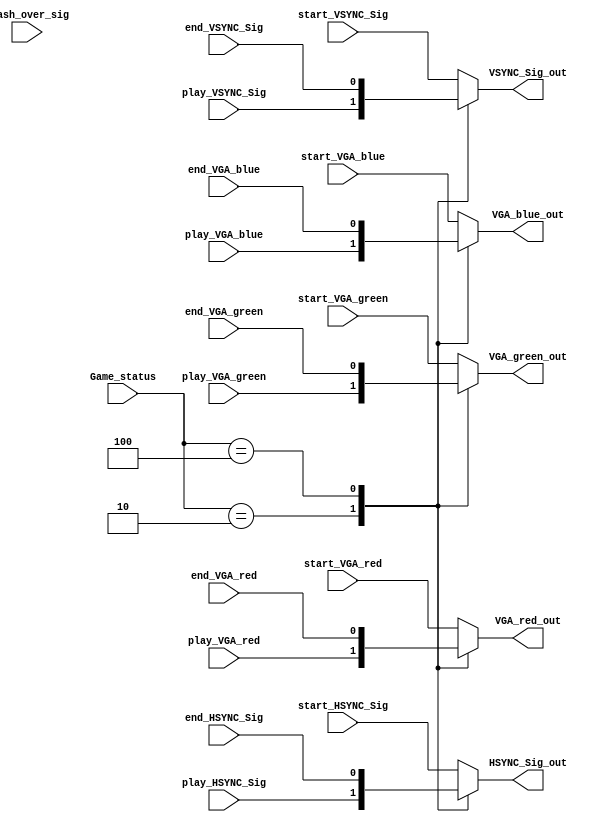
module vga_select_module 
(	
//	input CLK_40M,
//	input RSTn,
	
	input play_VSYNC_Sig,
	input play_HSYNC_Sig,
	input play_VGA_red,
	input play_VGA_green,
	input play_VGA_blue,

	input end_VSYNC_Sig,
	input end_HSYNC_Sig,
	input end_VGA_red,
	input end_VGA_green,
	input end_VGA_blue,
	
	input start_VSYNC_Sig,
	input start_HSYNC_Sig,
	input start_VGA_red,
	input start_VGA_green,
	input start_VGA_blue,
	
	
	input [2:0] Game_status,//3START001PLAY010END100
	input Flash_over_sig,
	
	
	output VSYNC_Sig_out,
	output HSYNC_Sig_out,
	
	output VGA_red_out,
	output VGA_green_out,
	output VGA_blue_out
);
	
	//3	
	localparam START = 3'b001;
	localparam PLAY = 3'b010;
	localparam END = 3'b100;
	
	
	
	
	reg VSYNC_Sig;
	reg HSYNC_Sig;
	reg VGA_red;
	reg VGA_green;
	reg VGA_blue;	
	
	
	always @ (*)	
		begin
			case(Game_status)			
				START:
					begin
						VSYNC_Sig = start_VSYNC_Sig; 
						HSYNC_Sig = start_HSYNC_Sig;
						VGA_red 	 = start_VGA_red;
						VGA_green = start_VGA_green;
						VGA_blue  = start_VGA_blue; 									
					end							
				PLAY:
					begin
						VSYNC_Sig = play_VSYNC_Sig; 
						HSYNC_Sig = play_HSYNC_Sig;
						VGA_red   = play_VGA_red;
						VGA_green = play_VGA_green;
						VGA_blue  = play_VGA_blue; 
					end	
				END:
					begin
						VSYNC_Sig = end_VSYNC_Sig; 
						HSYNC_Sig = end_HSYNC_Sig;
						VGA_red   = end_VGA_red;
						VGA_green = end_VGA_green;
						VGA_blue  = end_VGA_blue; 
					end
				default:
					begin
						VSYNC_Sig = start_VSYNC_Sig; 
						HSYNC_Sig = start_HSYNC_Sig;
						VGA_red   = start_VGA_red;
						VGA_green = start_VGA_green;
						VGA_blue  = start_VGA_blue; 						
					end
			endcase
		end
		
	assign	VSYNC_Sig_out = VSYNC_Sig; 
	assign   HSYNC_Sig_out = HSYNC_Sig;
	assign	VGA_red_out   = VGA_red;
	assign	VGA_green_out = VGA_green;
	assign	VGA_blue_out  = VGA_blue; 		

endmodule